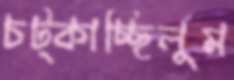
চট্‌কাচ্ছিলুম